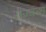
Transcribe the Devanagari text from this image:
राज्वन्श